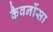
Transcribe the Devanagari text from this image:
कैवर्नोसा